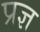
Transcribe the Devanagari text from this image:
प्रज्ञ